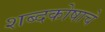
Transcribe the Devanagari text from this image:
शब्दकोषाचे